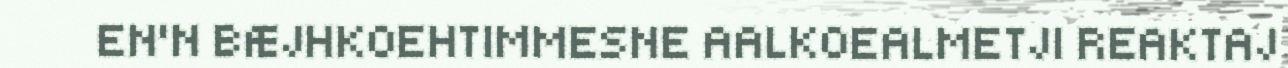
EN'N BÆJHKOEHTIMMESNE AALKOEALMETJI REAKTAJ